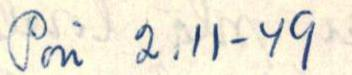
Pori 2.11-49